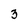
Character: 3